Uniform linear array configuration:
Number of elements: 12
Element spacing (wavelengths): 0.25
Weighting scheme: binomial
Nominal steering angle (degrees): -60
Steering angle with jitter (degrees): -60.032
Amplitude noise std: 0.05
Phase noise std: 0.05

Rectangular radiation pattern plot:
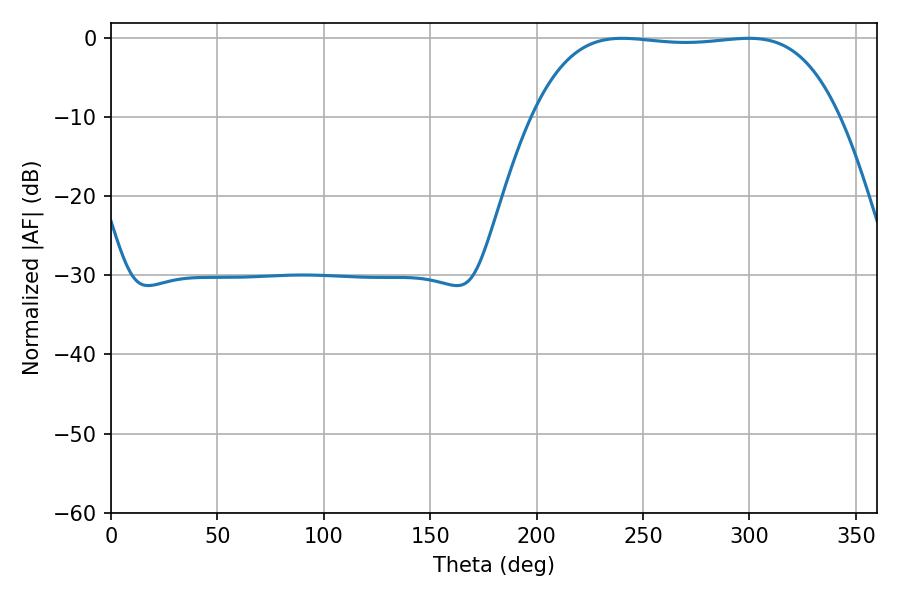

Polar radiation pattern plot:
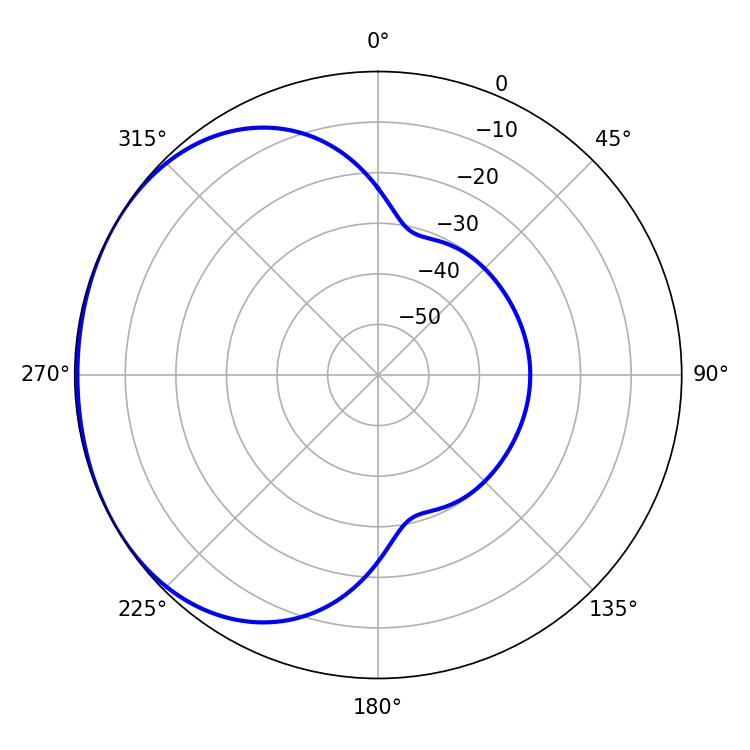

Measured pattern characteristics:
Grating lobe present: FALSE
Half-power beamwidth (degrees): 112.68
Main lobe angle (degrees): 240.3